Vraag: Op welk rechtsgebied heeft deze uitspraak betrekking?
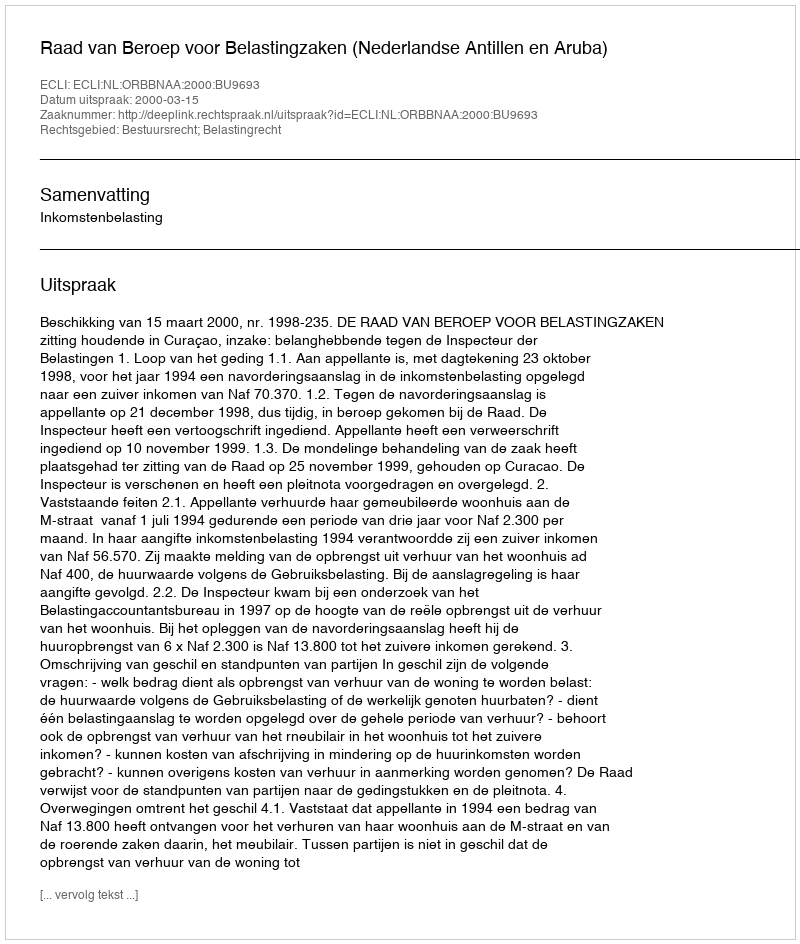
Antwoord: Bestuursrecht; Belastingrecht